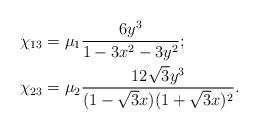
LaTeX: \begin{align*}\chi_{13} &= \mu_1 \frac{6 y^3}{1-3x^2 - 3y^2};\\\chi_{23} &= \mu_2 \frac{12\sqrt{3}y^3}{(1-\sqrt{3} x)(1 + \sqrt{3} x)^2}.\end{align*}